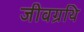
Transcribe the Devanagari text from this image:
जीवग्रथि